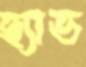
হ্যাভ